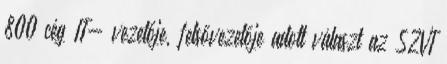
800 cég IT- vezetője, felsővezetője adott választ az SZVT